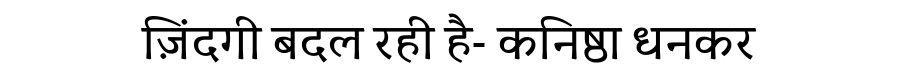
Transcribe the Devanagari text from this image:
ज़िंदगी बदल रही है- कनिष्ठा धनकर